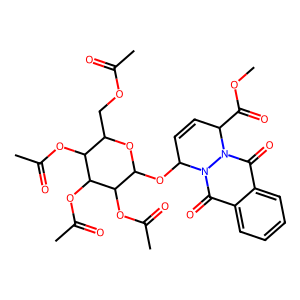
SMILES: COC(=O)C1C=CC(OC2OC(COC(C)=O)C(OC(C)=O)C(OC(C)=O)C2OC(C)=O)n2c(=O)c3ccccc3c(=O)n21
Inhibits HIV replication: No